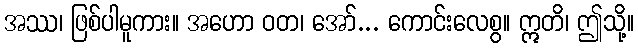
အဿ၊ ဖြစ်ပါမူကား။ အဟော ဝတ၊ အော်... ကောင်းလေစွ။ ဣတိ၊ ဤသို့။